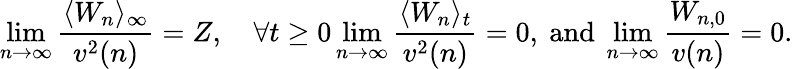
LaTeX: \operatorname*{lim}_{n\to\infty}\frac{\langle W_{n}\rangle_{\infty}}{v^{2}(n)}=Z,\quad\forall t\ge 0\operatorname*{lim}_{n\to\infty}\frac{\langle W_{n}\rangle_{t}}{v^{2}(n)}=0,\mathrm{~and~}\operatorname*{lim}_{n\to\infty}\frac{W_{n,0}}{v(n)}=0.